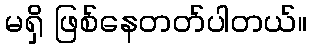
မရှိ ဖြစ်နေတတ်ပါတယ်။